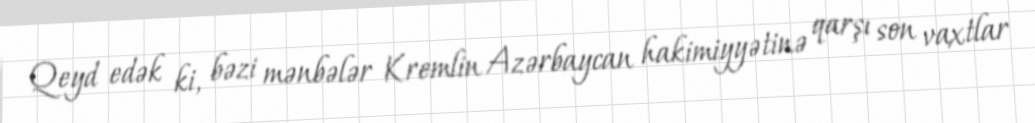
Qeyd edək ki, bəzi mənbələr Kremlin Azərbaycan hakimiyyətinə qarşı son vaxtlar